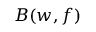
B ( w , f )